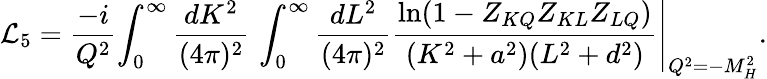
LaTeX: {\cal L}_{5}=\frac{-i}{Q^{2}}\left.\int_{0}^{\infty}\frac{dK^{2}}{(4\pi)^{2}}\, \int_{0}^{\infty}\frac{dL^{2}}{(4\pi)^{2}}\frac{\ln(1-Z_{KQ}Z_{KL}Z_{LQ})}{(K^{2}+a^{2})(L^{2}+d^{2})}\right|_{Q^{2}=-M_{H}^{2}}.